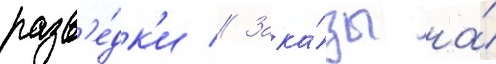
разв'е́дк'и // Зака́зы на́